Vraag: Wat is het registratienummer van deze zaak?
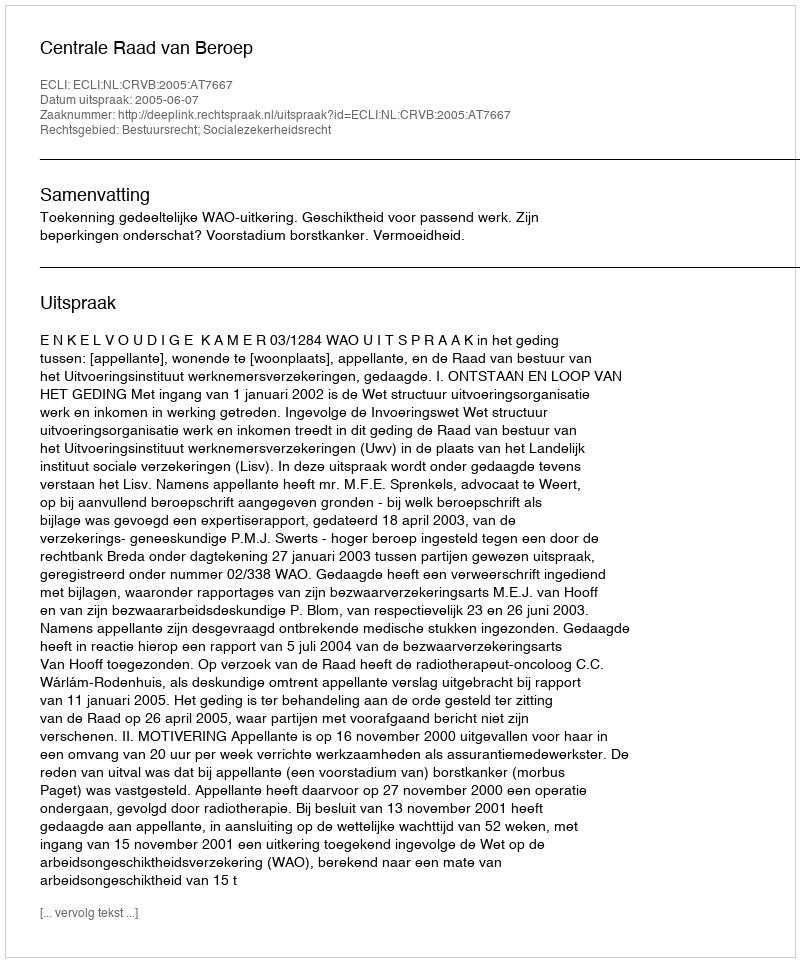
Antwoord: http://deeplink.rechtspraak.nl/uitspraak?id=ECLI:NL:CRVB:2005:AT7667